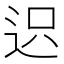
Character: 𨒅